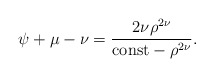
\begin{align*}\psi+\mu-\nu=\frac{2\nu\rho^{2\nu}}{{\rm const}-\rho^{2\nu}}.\end{align*}